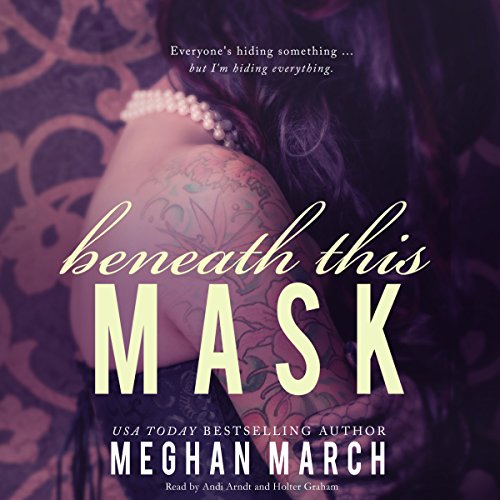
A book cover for Beneath This Mask: The Beneath Series, Book 1; Meghan March; Romance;